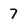
Character: 7